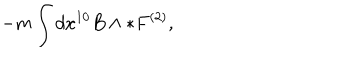
- m \int d x ^ { 1 0 } B \wedge * F ^ { ( 2 ) } ,